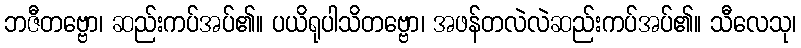
ဘဇီတဗ္ဗော၊ ဆည်းကပ်အပ်၏။ ပယိရုပါသိတဗ္ဗော၊ အဖန်တလဲလဲဆည်းကပ်အပ်၏။ သီလေသု၊